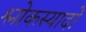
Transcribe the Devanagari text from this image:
श्लोकस्यादो